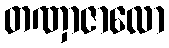
တဏှာဇာလော